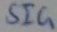
Text: SIG